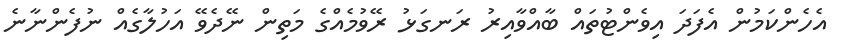
އެހެންކަމުން އެފަދަ އިވެންޓުތައް ބާއްވާއިރު ރަނގަޅު ރޭވުމެއްގެ މަތިން ނޭދެވޭ އަހުލާގެއް ނުފެންނާނެ